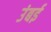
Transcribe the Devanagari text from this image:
उंबई